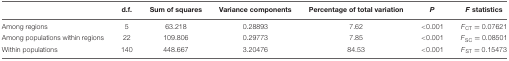
<table><thead><tr><td></td><td><b>d.f.</b></td><td><b>Sum of squares</b></td><td><b>Variance components</b></td><td><b>Percentage of total variation</b></td><td><b><i>P</i></b></td><td><b><i>F</i> statistics</b></td></tr></thead><tbody><tr><td>Among regions</td><td>5</td><td>63.218</td><td>0.28893</td><td>7.62</td><td>&lt;0.001</td><td><i>F</i><sub>CT</sub> = 0.07621</td></tr><tr><td>Among populations within regions</td><td>22</td><td>109.806</td><td>0.29773</td><td>7.85</td><td>&lt;0.001</td><td><i>F</i><sub>SC</sub> = 0.08501</td></tr><tr><td>Within populations</td><td>140</td><td>448.667</td><td>3.20476</td><td>84.53</td><td>&lt;0.001</td><td><i>F</i><sub>ST</sub> = 0.15473</td></tr></tbody></table>